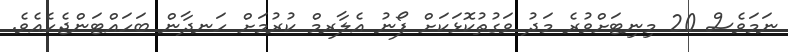
ނަމަވެސް 20 މިނިޓަށްވުރެ މަދު ވަގުތުކޮޅަކަށް ފޯނު އެލާރމް ކުރުމަށް ހަނދާން ބަހައްޓަންޖެހެއެވެ.